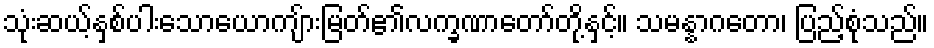
သုံးဆယ့်နှစ်ပါးသောယောကျ်ားမြတ်၏လက္ခဏာတော်တို့နှင့်။ သမန္နာဂတော၊ ပြည့်စုံသည်။